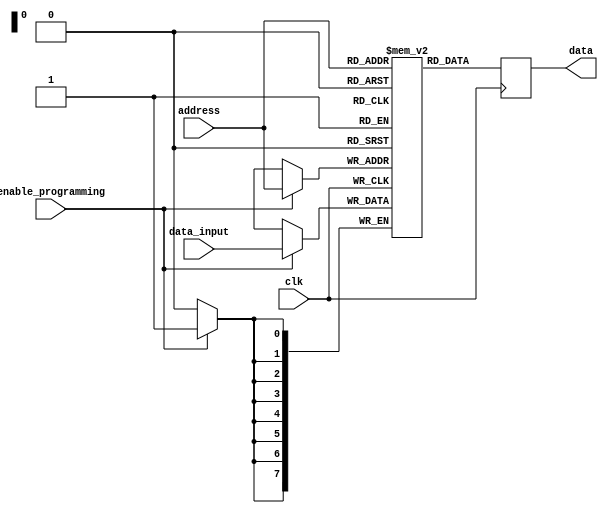
module PROM(
    input wire clk,
    input wire [7:0] address,
    output reg [7:0] data,
    input wire enable_programming,
    input wire [7:0] data_input
);

// Define memory blocks
reg [7:0] memory_block [0:255];

// Output data value based on address input
always @ (posedge clk) begin
    if (enable_programming) begin
        memory_block[address] <= data_input;
    end
    data <= memory_block[address];
end

endmodule